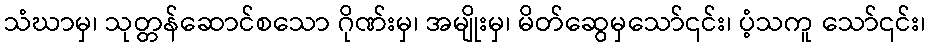
သံဃာမှ၊ သုတ္တန်ဆောင်စသော ဂိုဏ်းမှ၊ အမျိုးမှ၊ မိတ်ဆွေမှသော်၎င်း၊ ပံ့သကူ သော်၎င်း၊